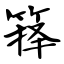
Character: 箨